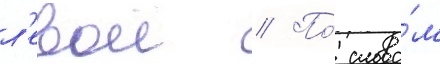
л'евои // По́ слова́м